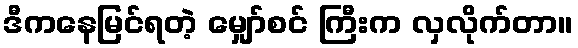
ဒီကနေမြင်ရတဲ့ မျှော်စင် ကြီးက လှလိုက်တာ။